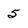
Character: 5